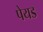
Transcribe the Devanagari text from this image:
पेयड